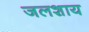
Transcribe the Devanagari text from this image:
जलशाय